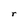
Character: r